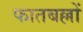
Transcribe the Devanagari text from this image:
फातबल्लों